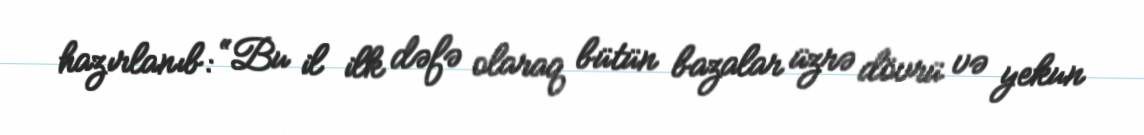
hazırlanıb: “Bu il ilk dəfə olaraq bütün bazalar üzrə dövrü və yekun